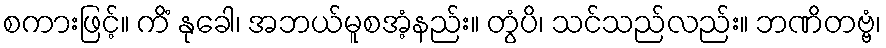
စကားဖြင့်။ ကိံ နုခေါ၊ အဘယ်မူစအံ့နည်း။ တွံပိ၊ သင်သည်လည်း။ ဘဏိတဗ္ဗံ၊